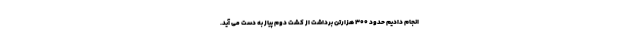
انجام دادیم حدود ۳۰۰ هزارتن برداشت از کشت دوم پیاز به دست می آید.